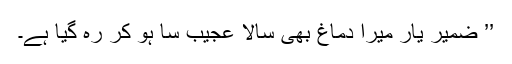
’’ ضمیر یار میرا دماغ بھی سالا عجیب سا ہو کر رہ گیا ہے۔